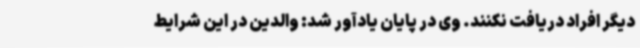
دیگر افراد دریافت نکنند. وی در پایان یادآور شد: والدین در این شرایط